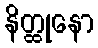
နိတ္ထုနော